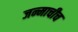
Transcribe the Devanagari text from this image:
जन्माचीच